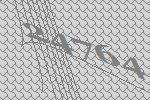
24764